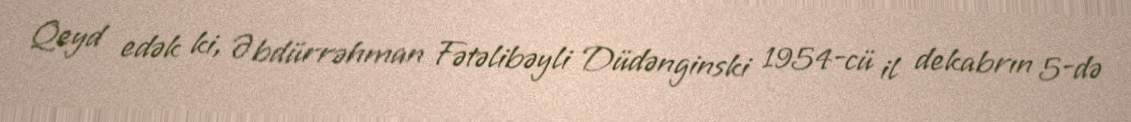
Qeyd edək ki, Əbdürrəhman Fətəlibəyli Düdənginski 1954-cü il dekabrın 5-də